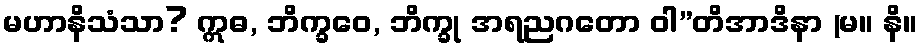
မဟာနိသံသာ? ဣဓ, ဘိက္ခဝေ, ဘိက္ခု အရညဂတော ဝါ”တိအာဒိနာ (မ။ နိ။